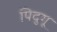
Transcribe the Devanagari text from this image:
पिदुगू